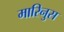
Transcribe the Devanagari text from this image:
मारिनुस